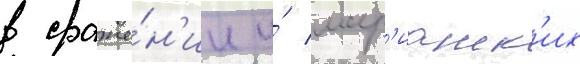
в сраже́н'ии у́ мар'ианск'их